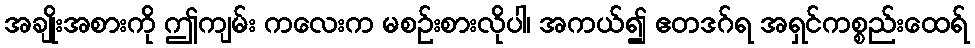
အချိုးအစားကို ဤကျမ်း ကလေးက မစဉ်းစားလိုပါ၊ အကယ်၍ ဧတဒဂ်ရ အရှင်ကစ္စည်းထေရ်